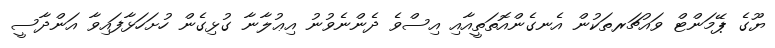
ޔޫގެ ޕޭމަންޓް ވައުޗަރތަކުން އެނގެންއޮތަތީއާއި އިސްވެ ދެންނެވުނު އިޢުލާނާ ގުޅިގެން ހުށަހަޅާފައިވާ އަންދާސީ